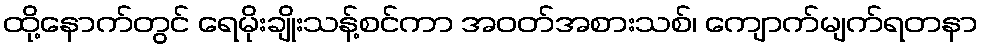
ထို့နောက်တွင် ရေမိုးချိုးသန့်စင်ကာ အဝတ်အစားသစ်၊ ကျောက်မျက်ရတနာ